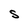
Character: S